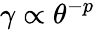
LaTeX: \gamma\propto\theta^{-p}